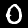
Digit: 0